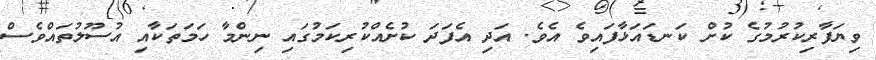
ވިޔަފާރިކުރުމުގެ ކުށް ކަނޑައަޅާފައިވެ އެވެ. އަދި އެފަދަ ކުށެއްކުރިކަމުގައި ނިންމާ ހަމަތަކާއި އުސޫލުތައްވެސް